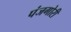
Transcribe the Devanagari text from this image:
पंजगोरी